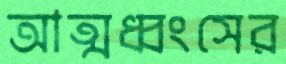
আত্মধ্বংসের